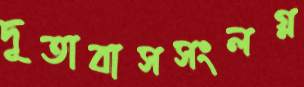
দূতাবাসসংলগ্ন